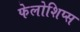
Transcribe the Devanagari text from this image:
फेलोशिप्स